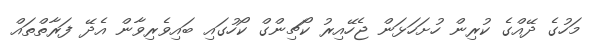
މަހުގެ ދޭއްގެ ކުރިން ހުށަހަޅަން ޖެހޭއިރު ކޯޗިންގް ކޯހުގައި ބައިވެރިވާން އެދޭ ފަރާތްތައް